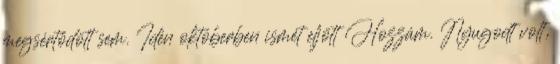
megsértődött sem. Idén októberben ismét eljött Hozzám. Nyugodt volt,